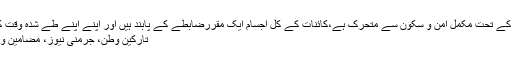
پوری کائنات ایک منظم وجکڑے ہوئے نظام کے تحت مکمل امن و سکون سے متحرک ہے،کائنات کے کل اجسام ایک مقررضابطے کے پابند ہیں اور اپنے اپنے طے شدہ وقت کے مطابق طلوع و غروب اور نمودار و […]
تارکین وطن، جرمنی نیوز، مضامین و کالم، پاکستان نیوز Comments Off on ۔